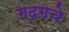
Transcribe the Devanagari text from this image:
गदगचे